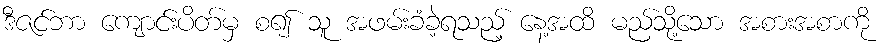
ဒီဇင်ဘာ ကျောင်းပိတ်မှ စ၍ သူ အဖမ်းခံခဲ့ရသည့် နေ့အထိ မည်သို့သော အစားအစာကို